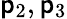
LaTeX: \mathsf{p}_{2},\mathsf{p}_{3}